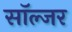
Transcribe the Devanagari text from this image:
साॅल्जर